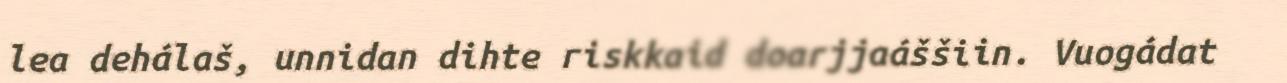
lea dehálaš, unnidan dihte riskkaid doarjjaáššiin. Vuogádat